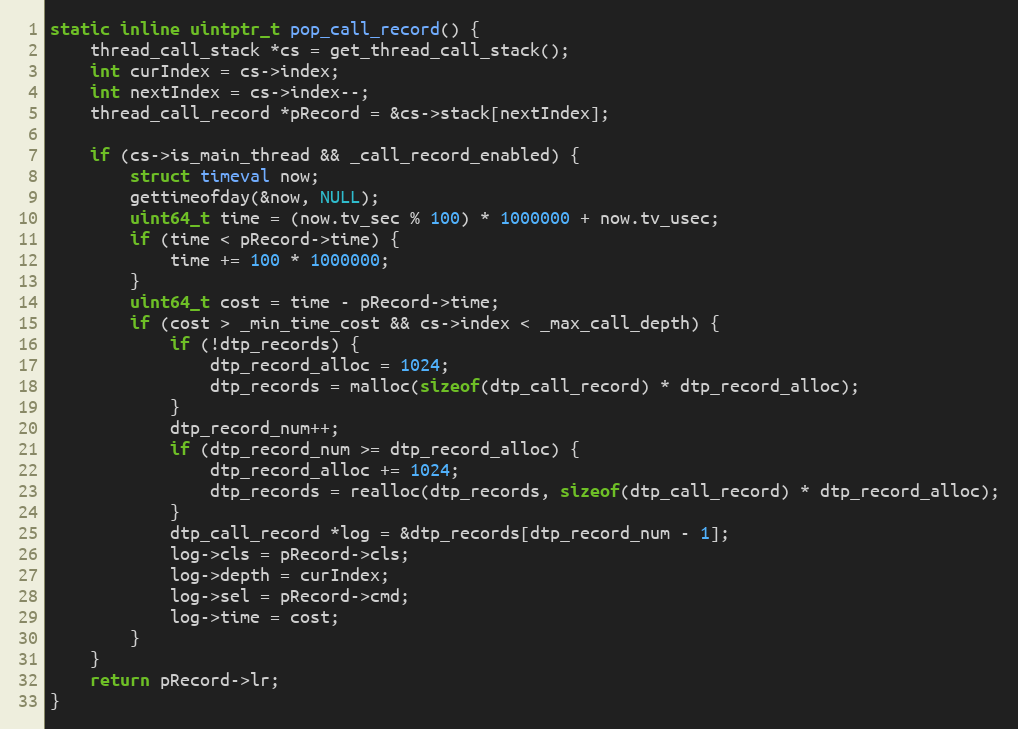
Language: C
static inline uintptr_t pop_call_record() {
    thread_call_stack *cs = get_thread_call_stack();
    int curIndex = cs->index;
    int nextIndex = cs->index--;
    thread_call_record *pRecord = &cs->stack[nextIndex];

    if (cs->is_main_thread && _call_record_enabled) {
        struct timeval now;
        gettimeofday(&now, NULL);
        uint64_t time = (now.tv_sec % 100) * 1000000 + now.tv_usec;
        if (time < pRecord->time) {
            time += 100 * 1000000;
        }
        uint64_t cost = time - pRecord->time;
        if (cost > _min_time_cost && cs->index < _max_call_depth) {
            if (!dtp_records) {
                dtp_record_alloc = 1024;
                dtp_records = malloc(sizeof(dtp_call_record) * dtp_record_alloc);
            }
            dtp_record_num++;
            if (dtp_record_num >= dtp_record_alloc) {
                dtp_record_alloc += 1024;
                dtp_records = realloc(dtp_records, sizeof(dtp_call_record) * dtp_record_alloc);
            }
            dtp_call_record *log = &dtp_records[dtp_record_num - 1];
            log->cls = pRecord->cls;
            log->depth = curIndex;
            log->sel = pRecord->cmd;
            log->time = cost;
        }
    }
    return pRecord->lr;
}